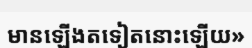
មានឡើងតទៀតនោះឡើយ»